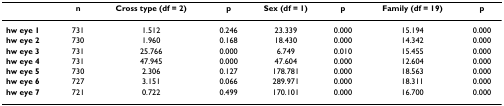
<table><thead><tr><td></td><td><b>n</b></td><td><b>Cross type (df = 2)</b></td><td><b>p</b></td><td><b>Sex (df = 1)</b></td><td><b>p</b></td><td><b>Family (df = 19)</b></td><td><b>p</b></td></tr></thead><tbody><tr><td><b>hw eye 1</b></td><td>731</td><td>1.512</td><td>0.246</td><td>23.339</td><td>0.000</td><td>15.194</td><td>0.000</td></tr><tr><td><b>hw eye 2</b></td><td>730</td><td>1.960</td><td>0.168</td><td>18.430</td><td>0.000</td><td>14.342</td><td>0.000</td></tr><tr><td><b>hw eye 3</b></td><td>731</td><td>25.766</td><td>0.000</td><td>6.749</td><td>0.010</td><td>15.455</td><td>0.000</td></tr><tr><td><b>hw eye 4</b></td><td>731</td><td>47.945</td><td>0.000</td><td>47.604</td><td>0.000</td><td>12.604</td><td>0.000</td></tr><tr><td><b>hw eye 5</b></td><td>730</td><td>2.306</td><td>0.127</td><td>178.781</td><td>0.000</td><td>18.563</td><td>0.000</td></tr><tr><td><b>hw eye 6</b></td><td>727</td><td>3.151</td><td>0.066</td><td>289.971</td><td>0.000</td><td>18.311</td><td>0.000</td></tr><tr><td><b>hw eye 7</b></td><td>721</td><td>0.722</td><td>0.499</td><td>170.101</td><td>0.000</td><td>16.700</td><td>0.000</td></tr></tbody></table>